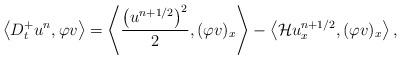
LaTeX: \begin{align*}\left< D^{+}_{t} u^{n}, \varphi v \right> = \left< \frac{\left(u^{n+1/2}\right)^{2}}{2}, (\varphi v)_{x} \right> - \left< \mathcal{H}u^{n+1/2}_{x}, (\varphi v)_{x} \right>,\end{align*}